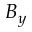
B _ { y }